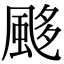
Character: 𩗈